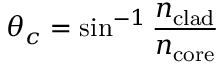
\theta _ { c } = \sin ^ { - 1 } { \frac { n _ { \mathrm { c l a d } } } { n _ { \mathrm { c o r e } } } }